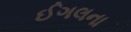
ઈગલના